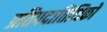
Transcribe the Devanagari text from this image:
प्रतिपदातिथिको